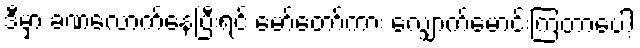
ဒီမှာ ခဏလောက်နေပြီးရင် မော်တော်ကား လျှောက်မောင်းကြတာပေါ့